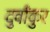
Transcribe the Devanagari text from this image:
दुर्वांकुर